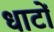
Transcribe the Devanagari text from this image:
धाटों